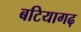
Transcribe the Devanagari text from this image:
बटियागढ़